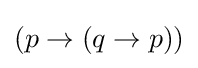
(p\to (q\to p))